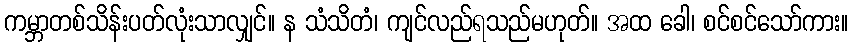
ကမ္ဘာတစ်သိန်းပတ်လုံးသာလျှင်။ န သံသိတံ၊ ကျင်လည်ရသည်မဟုတ်။ အထ ခေါ၊ စင်စင်သော်ကား။